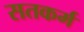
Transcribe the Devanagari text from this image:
सतकर्म